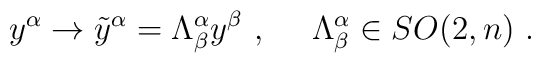
{y}^\alpha \rightarrow \tilde{y}^\alpha=\Lambda^\alpha_\beta y^\beta~,~~~~\Lambda^\alpha_\beta\in SO(2,n)~.